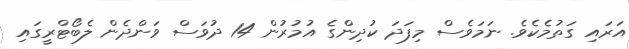
އަރައި ގަތުމެކެވެ. ނަމަވެސް މިފަދަ ކުދިންގެ އުމުރުން 14 ދުވަސް ވަންދެން ލެބޯޓްރީގައި